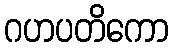
ဂဟပတိကော